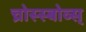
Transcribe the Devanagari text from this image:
च्रोस्स्बोव्स्